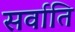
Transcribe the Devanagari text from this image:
सर्वाति